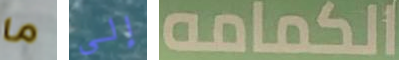
ما إلى الكمامه